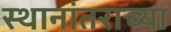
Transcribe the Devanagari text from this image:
स्थानांतराच्या